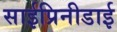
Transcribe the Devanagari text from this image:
साईप्रिनीडाई